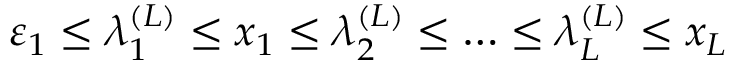
\varepsilon _ { 1 } \leq \lambda _ { 1 } ^ { ( L ) } \leq x _ { 1 } \leq \lambda _ { 2 } ^ { ( L ) } \leq \ldots \leq \lambda _ { L } ^ { ( L ) } \leq x _ { L }